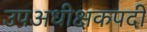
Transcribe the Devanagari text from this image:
उपअधीक्षकपदी